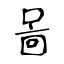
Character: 啚